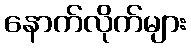
နောက်လိုက်များ